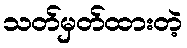
သတ်မှတ်ထားတဲ့